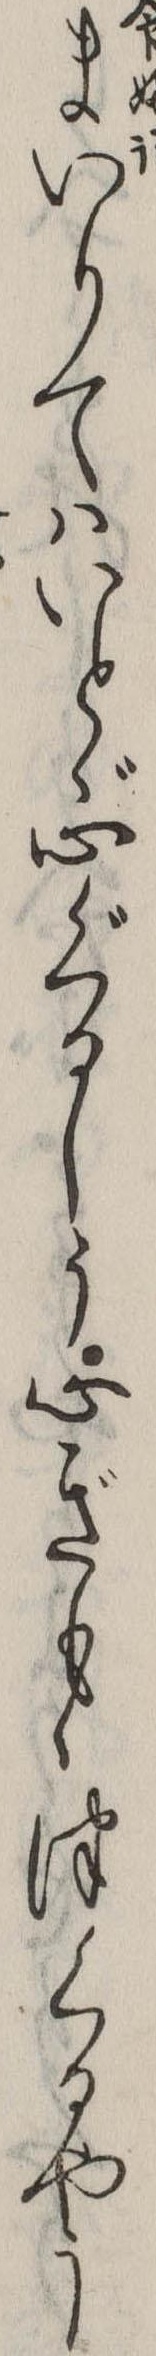
まいりてはいとゞ心ぐるしう心ぎもゝつくるやう